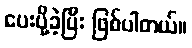
ပေးပို့ခဲ့ပြီး ဖြစ်ပါတယ်။